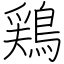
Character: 鶏